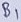
Text: B1